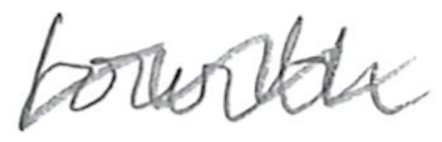
Text: fourth
Cross-out: wave
Writing tool: pencil